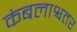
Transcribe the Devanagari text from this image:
कंबलाश्वतर